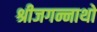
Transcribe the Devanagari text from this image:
श्रीजगन्नाथो